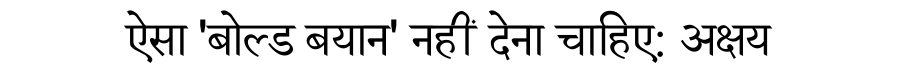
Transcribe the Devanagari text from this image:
ऐसा 'बोल्ड बयान' नहीं देना चाहिए: अक्षय